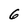
Character: 6